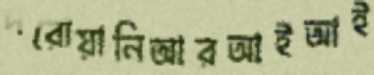
দরোয়ানিআরআইআই